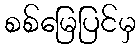
စစ်မြေပြင်မှ